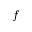
f